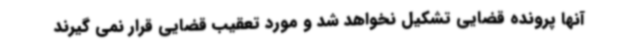
آنها پرونده قضایی تشکیل نخواهد شد و مورد تعقیب قضایی قرار نمی گیرند